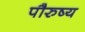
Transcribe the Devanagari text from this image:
पौरुष्य